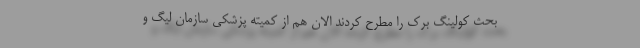
بحث کولینگ برک را مطرح کردند الان هم از کمیته پزشکی سازمان لیگ و